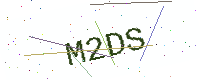
Text: M2DS